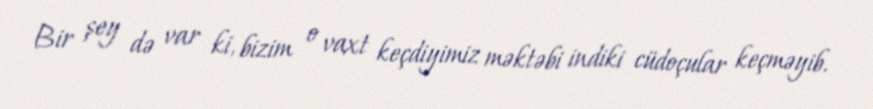
Bir şey də var ki, bizim o vaxt keçdiyimiz məktəbi indiki cüdoçular keçməyib.